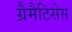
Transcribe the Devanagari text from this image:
ग्रैमैटिसेस